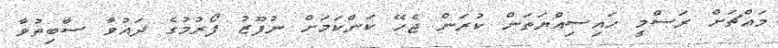
މައްޗަށް ރަސްމީ ހައިސިއްޔަތަން ކުރަން ޖެހޭ ކަންކަމަށް ނުފޫޒު ފޯރުމުގެ ދައުވާ ސާބިތުވާ